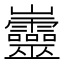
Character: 𡿡